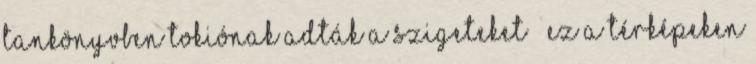
tankönyvben Tokiónak adták a szigeteket – ez a térképeken